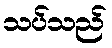
သပ်သည်